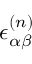
\epsilon _ { \alpha \beta } ^ { ( n ) }